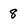
Character: 8